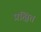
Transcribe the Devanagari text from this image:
प्रक्षित